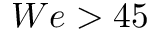
W e > 4 5